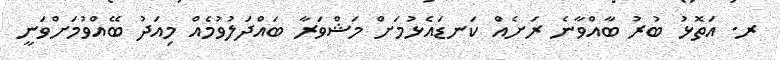
ރ. އަތޮޅު ބުރު ބާއްވާނެ ރަށެއް ކަނޑައެޅުމަށް މަޝްވަރާ ބައްދަލުވުމެއް މިއަދު ބޭއްވުމަށްވަނީ